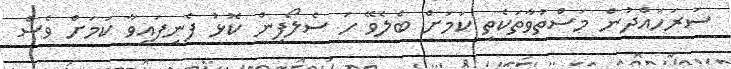
ސަރަހައްދުން މަސްތުވާތަކެތި ކަމަށް ބެލެވޭ ހަ ސެލޯފިން ކޮޅު ފެނިފައިވާ ކަމަށް ވެސް